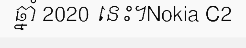
ឆ្នាំ 2020 នេះ។Nokia C2